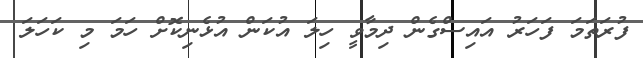
ފުރަތަމަ ފަހަރު އައިސްގެން ދިމާވީ ހިލަ އުކަން އުޅެނިކޮށް ހަމަ މި ކަހަލަ